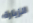
الزيارة